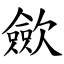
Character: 歛